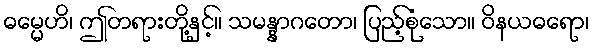
ဓမ္မေဟိ၊ ဤတရားတို့နှင့်။ သမန္နာဂတော၊ ပြည့်စုံသော။ ဝိနယဓရော၊